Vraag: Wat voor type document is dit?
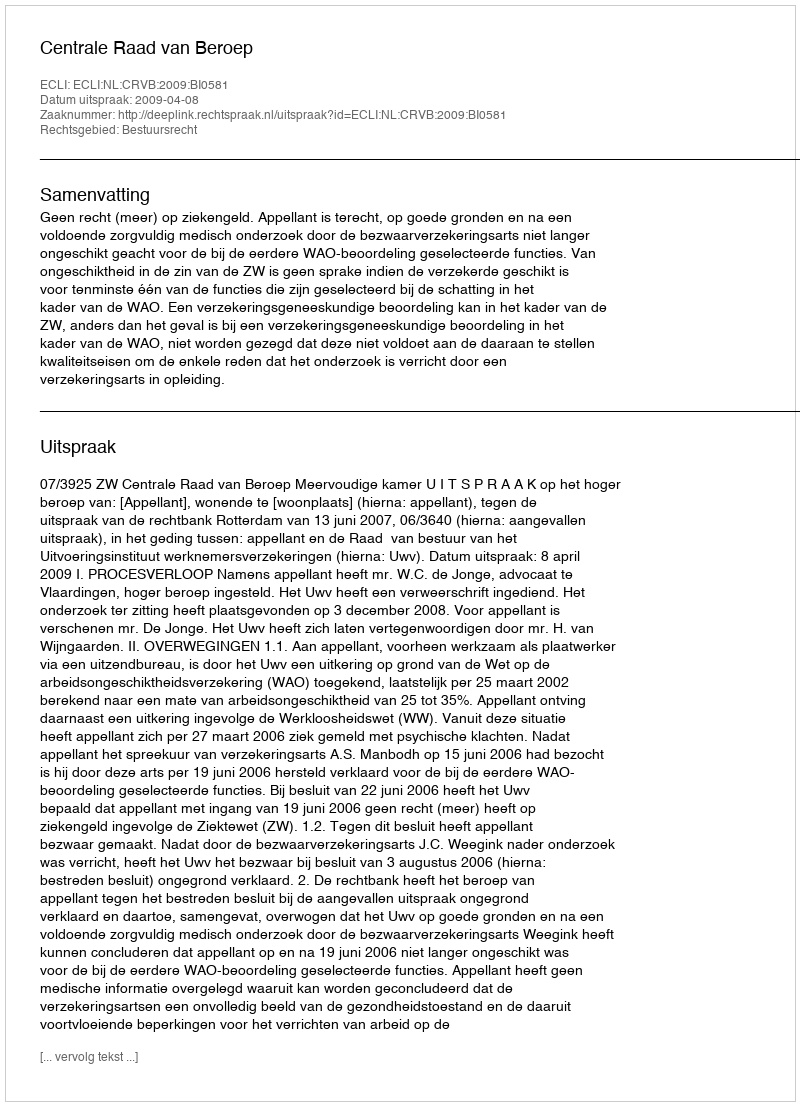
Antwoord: Uitspraak